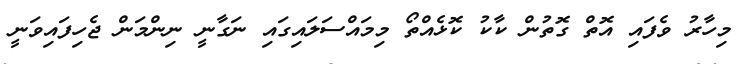
މިހާރު ވެފައި އޮތް ގޮތުން ކާކު ކޮޅެއްތޯ މިމައްސަލައިގައި ނަގާނީ ނިންމަން ޖެހިފައިވަނީ